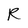
Character: R